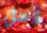
إرسل